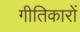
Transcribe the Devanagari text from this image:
गीतिकारों